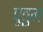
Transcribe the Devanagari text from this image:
पूवुम